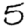
Digit: 5